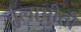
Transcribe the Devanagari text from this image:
तुलाभीती